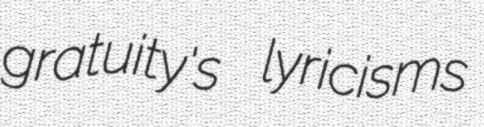
gratuity's lyricisms